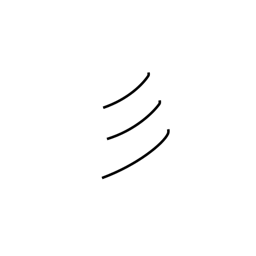
Meaning: short hair or fur radical (no. 59)